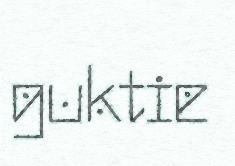
guktie